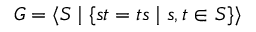
G = \langle S \mid \{ s t = t s \mid s , t \in S \} \rangle